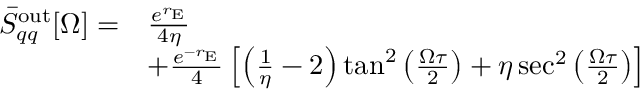
\begin{array} { r l } { \Bar { S } _ { q q } ^ { \mathrm { o u t } } [ \Omega ] = } & { \frac { e ^ { r _ { \mathrm { E } } } } { 4 \eta } } \\ & { + \frac { e ^ { - r _ { \mathrm { E } } } } { 4 } \left[ \left( \frac { 1 } { \eta } - 2 \right) \tan ^ { 2 } \left( \frac { \Omega \tau } { 2 } \right) + \eta \sec ^ { 2 } \left( \frac { \Omega \tau } { 2 } \right) \right] } \end{array}